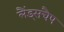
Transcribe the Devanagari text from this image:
लैंड्सचैप